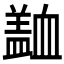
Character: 𧗍